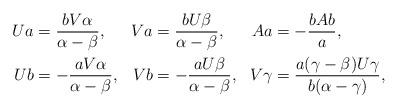
LaTeX: \begin{align*}\begin{aligned}Ua &= \frac{b V\alpha}{\alpha-\beta},&Va &= \frac{b U\beta}{\alpha-\beta},&Aa &= -\frac{b Ab}{a},\\Ub &= -\frac{a V\alpha}{\alpha-\beta},&Vb &=-\frac{a U\beta}{\alpha-\beta},&V\gamma &=\frac{a(\gamma-\beta)U\gamma}{b(\alpha-\gamma)},\end{aligned}\end{align*}